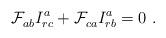
LaTeX: \begin{align*}{\cal F}^{\vphantom a}_{ab} I^a_{rc} + {\cal F}^{\vphantom a}_{ca}I^a_{rb} = 0\ .\end{align*}